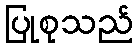
ပြုစုသည်